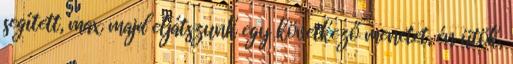
segített, max majd eljátszunk egy következő menetet, én ütök,